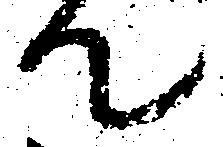
て